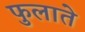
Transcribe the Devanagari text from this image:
फुलाते